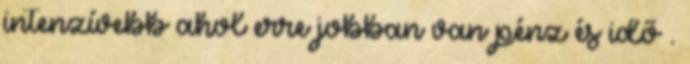
intenzívebb ahol erre jobban van pénz és idő .